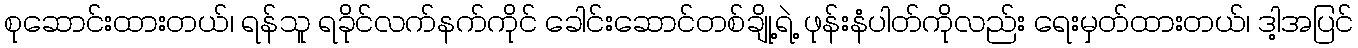
စုဆောင်းထားတယ်၊ ရန်သူ ရခိုင်လက်နက်ကိုင် ခေါင်းဆောင်တစ်ချို့ရဲ့ ဖုန်းနံပါတ်ကိုလည်း ရေးမှတ်ထားတယ်၊ ဒါ့အပြင်